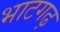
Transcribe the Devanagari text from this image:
भाटगढ़